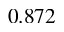
0 . 8 7 2